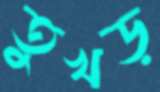
তুখড়